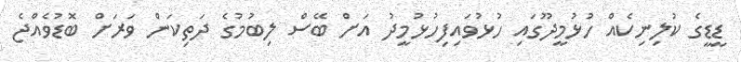
ޑީޑީގެ ކުލިނިކެއް ހުޅުމީދޫގައި ހުޅުވައިފިހުޅުމީދު އަށް ބޭސް ލިބުމުގެ ދަތިކަން ވަރަށް ބޮޑުވެއްޖެ